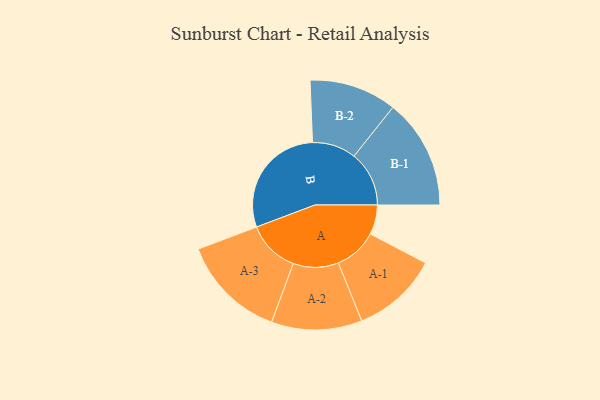
{"axis": {"x": "Segment", "y": "Value"}, "legend": ["", "A", "B"], "data": [{"x": "A", "y": 115, "type": ""}, {"x": "B", "y": 451, "type": ""}, {"x": "A-1", "y": 168, "type": "A"}, {"x": "A-2", "y": 176, "type": "A"}, {"x": "A-3", "y": 204, "type": "A"}, {"x": "B-1", "y": 214, "type": "B"}, {"x": "B-2", "y": 170, "type": "B"}]}